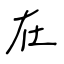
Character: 在